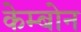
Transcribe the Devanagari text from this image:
केम्बोन